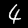
Label: 4